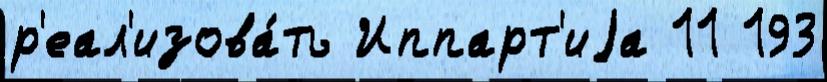
р'еал'изова́ть Иппарт'иjа 11 193